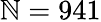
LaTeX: \mathbb{N}=941